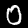
Digit: 0